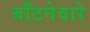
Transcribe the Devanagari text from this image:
बाँटनेवारे